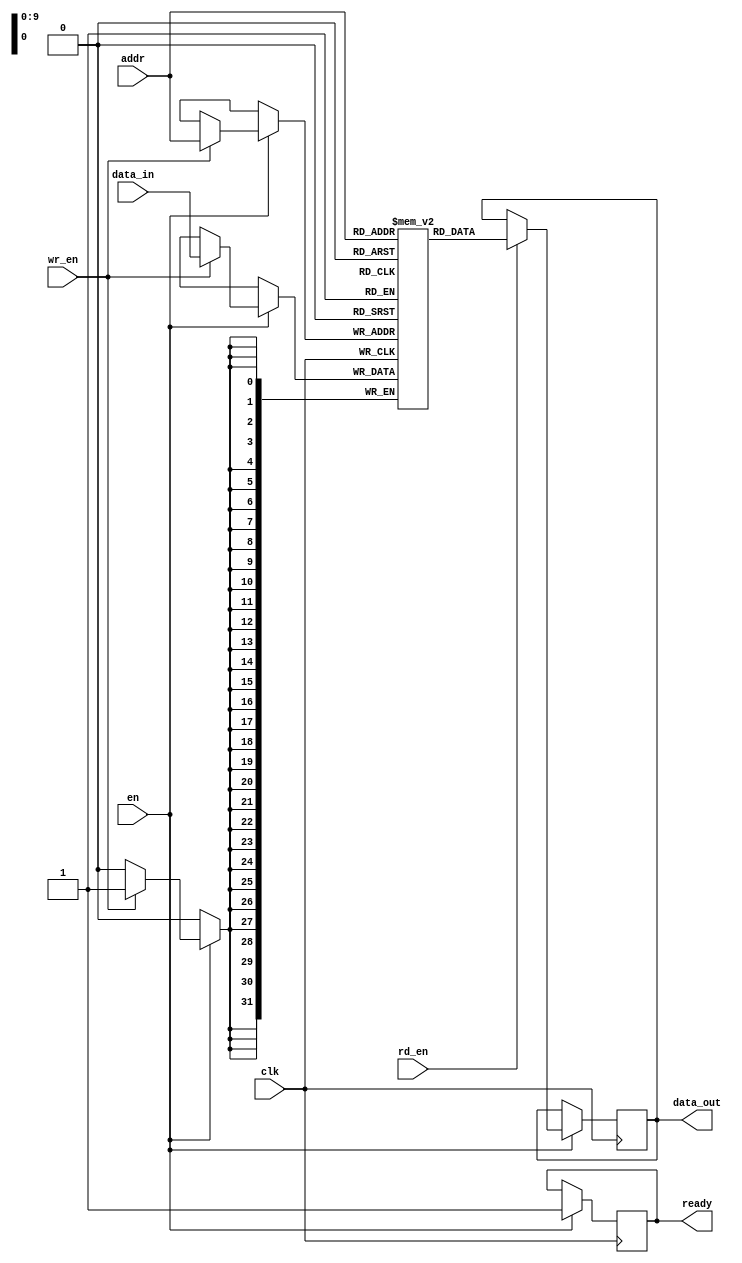
module sync_sram #(
    parameter DATA_WIDTH = 32,       // Configurable data width (e.g., 8, 16, 32, 64)
    parameter ADDR_WIDTH = 10,       // Configurable address width (e.g., 8, 10, 12)
    parameter MEM_DEPTH = 1024        // Configurable memory depth (e.g., 256, 512, 1024)
)(
    input wire clk,                   // Clock signal
    input wire en,                    // Enable signal
    input wire rd_en,                 // Read enable signal
    input wire wr_en,                 // Write enable signal
    input wire [ADDR_WIDTH-1:0] addr, // Address input
    input wire [DATA_WIDTH-1:0] data_in, // Data input
    output reg [DATA_WIDTH-1:0] data_out, // Data output
    output reg ready                  // Ready signal
);

    // Memory array declaration
    reg [DATA_WIDTH-1:0] mem_array [0:MEM_DEPTH-1];

    // Process for read and write operations
    always @(posedge clk) begin
        if (en) begin
            ready <= 1'b0; // Not ready until operation is complete
            
            // Write operation
            if (wr_en) begin
                mem_array[addr] <= data_in; // Write data to memory
            end
            
            // Read operation
            if (rd_en) begin
                data_out <= mem_array[addr]; // Read data from memory
            end
            
            ready <= 1'b1; // Set ready signal after operation
        end
    end

endmodule